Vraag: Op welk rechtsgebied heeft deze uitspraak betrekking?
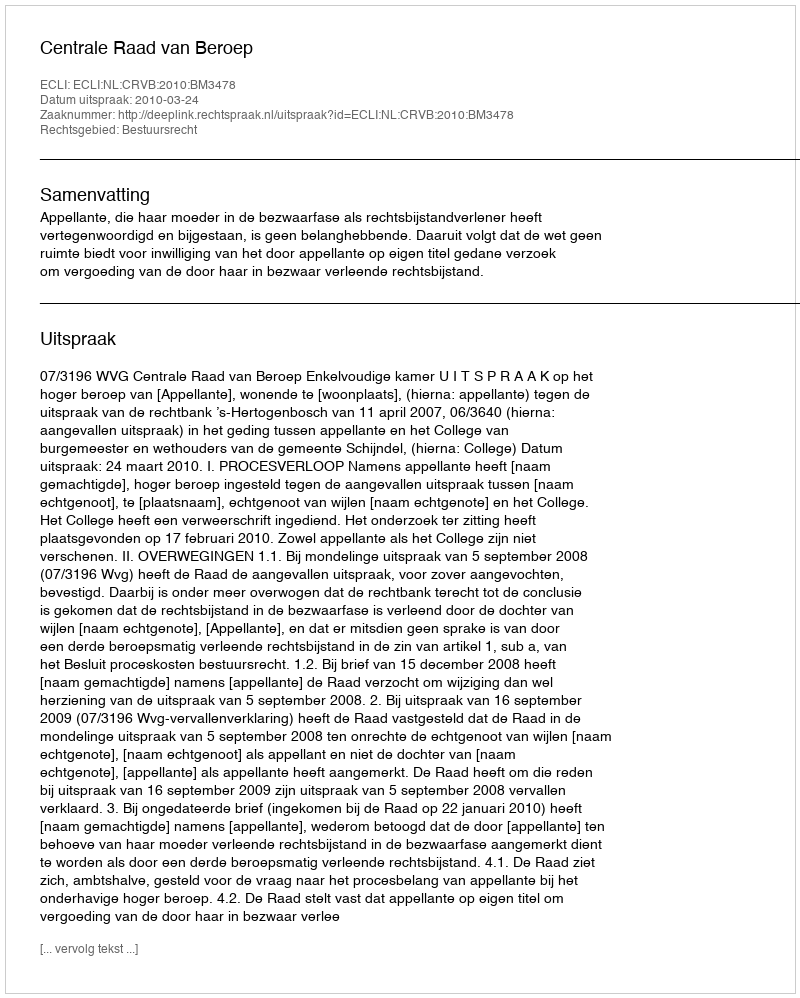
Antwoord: Bestuursrecht